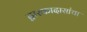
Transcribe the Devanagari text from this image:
द्वारकादासांचा